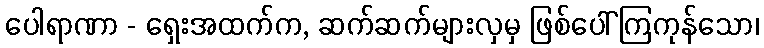
ပေါရာဏာ - ရှေးအထက်က, ဆက်ဆက်များလှမှ ဖြစ်ပေါ်ကြကုန်သော၊